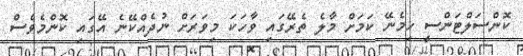
ކޮންސަލްޓަންސީ ހިމެނޭ ކަމަށް މާލެ ތެރޭގައި ވާހަކަ މިވަރަށް ނުދެއްކޭނެ އޭގައި ކޮންމެވެސް